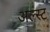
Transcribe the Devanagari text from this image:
अल्स्ट